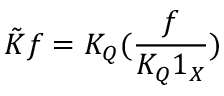
\tilde { K } f = K _ { Q } ( \frac { f } { K _ { Q } 1 _ { X } } )